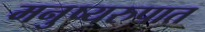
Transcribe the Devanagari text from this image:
मनुष्यरुपात